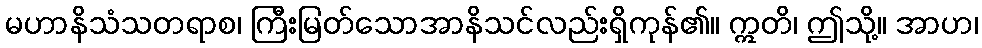
မဟာနိသံသတရာစ၊ ကြီးမြတ်သောအာနိသင်လည်းရှိကုန်၏။ ဣတိ၊ ဤသို့။ အာဟ၊